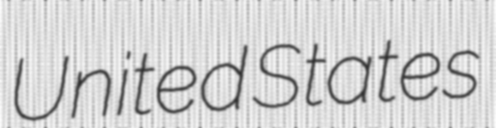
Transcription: United States